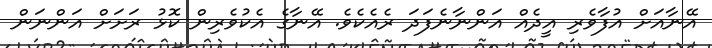
އޭނާއަށް އުފާވެރި އީދެއް އަންނާނެފަދަ ރެއެކެވެ. އޭނާގެ އެކުވެރިން ކޮޅު ރަށަށް އަންނަން